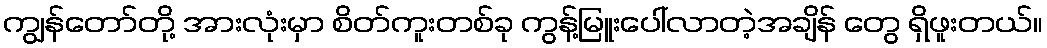
ကျွန်တော်တို့ အားလုံးမှာ စိတ်ကူးတစ်ခု ကွန့်မြူးပေါ်လာတဲ့အချိန် တွေ ရှိဖူးတယ်။